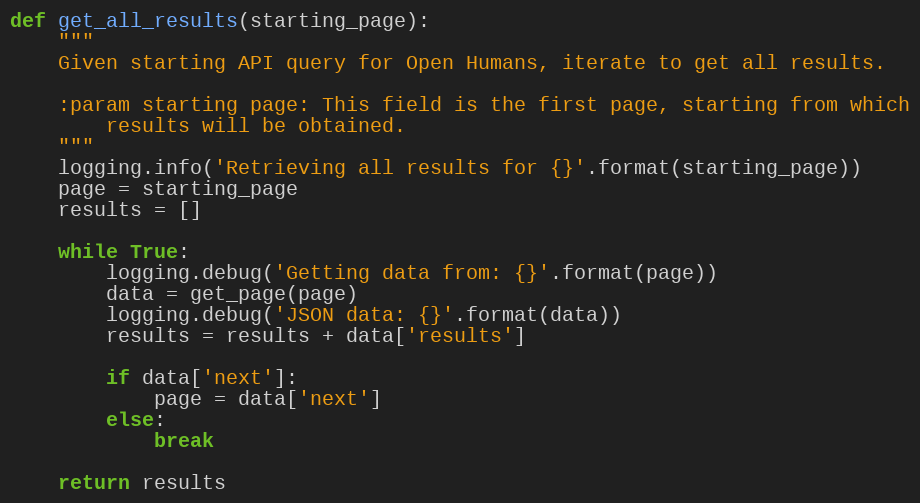
Language: Python
def get_all_results(starting_page):
    """
    Given starting API query for Open Humans, iterate to get all results.

    :param starting page: This field is the first page, starting from which
        results will be obtained.
    """
    logging.info('Retrieving all results for {}'.format(starting_page))
    page = starting_page
    results = []

    while True:
        logging.debug('Getting data from: {}'.format(page))
        data = get_page(page)
        logging.debug('JSON data: {}'.format(data))
        results = results + data['results']

        if data['next']:
            page = data['next']
        else:
            break

    return results